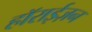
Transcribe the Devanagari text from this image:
हाॅराईज़न